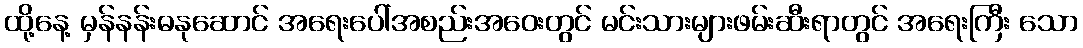
ထို့နေ့ မှန်နန်းဓနုဆောင် အရေးပေါ်အစည်းအဝေးတွင် မင်းသားများဖမ်းဆီးရာတွင် အရေးကြီး သော